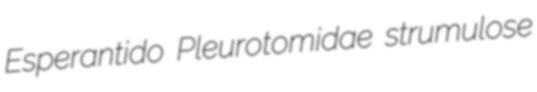
Esperantido Pleurotomidae strumulose